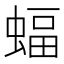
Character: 蝠